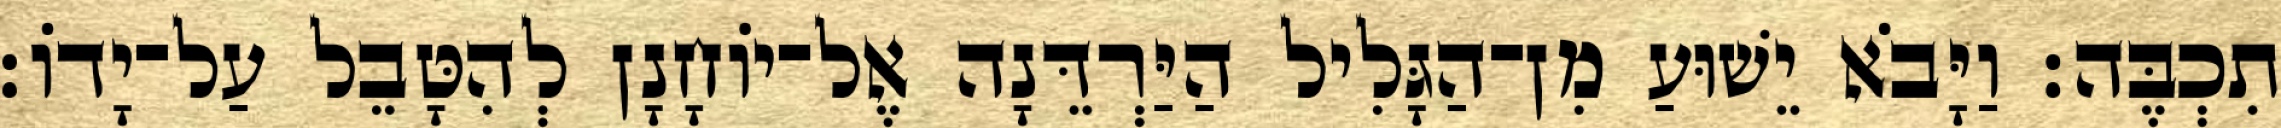
תִכְבֶּה׃ וַיָּבֹא יֵשׁוּעַ מִן־הַגָּלִיל הַיַּרְדֵּנָה אֶל־יוֹחָנָן לְהִטָּבֵל עַל־יָדוֹ׃